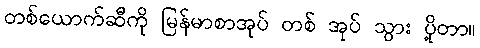
တစ်ယောက်ဆီကို မြန်မာစာအုပ် တစ် အုပ် သွား ပို့တာ။